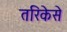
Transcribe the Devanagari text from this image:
तरिकेसे